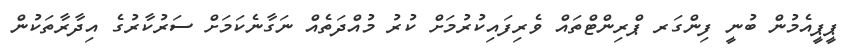
ޕީޕީއެމުން ބުނީ ފިންގަރ ޕްރިންޓްތައް ވެރިފައިކުރުމަށް ކުރު މުއްދަތެއް ނަގާނެކަމަށް ސަރުކާރުގެ އިދާރާތަކުން